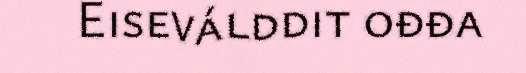
Eiseválddit ođđa